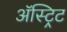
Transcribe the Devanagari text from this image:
ॲस्ट्रिट